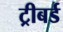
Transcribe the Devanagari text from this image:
ट्रीबर्ड